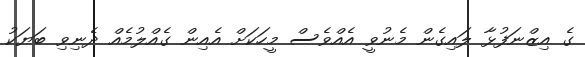
ގެ އިޒްނަފުޅާ ލައިގެން މެނުވީ އެއްވެސް މީހަކަށް އެއިން ގެއްލުމެއް ދެނިވި ބަޔަކު